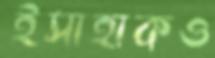
ইসাহাকও